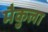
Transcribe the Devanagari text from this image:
मैकुला